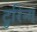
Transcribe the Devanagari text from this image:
टुरिन्ग